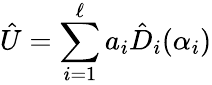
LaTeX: \hat{U}=\sum_{i=1}^{{\ell}}a_{i}\hat{D}_{i}(\alpha_{i})